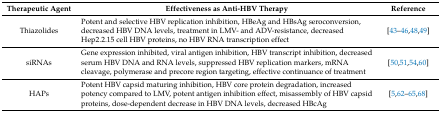
<table><thead><tr><td><b>Therapeutic Agent</b></td><td><b>Effectiveness as Anti-HBV Therapy</b></td><td><b>Reference</b></td></tr></thead><tbody><tr><td>Thiazolides</td><td>Potent and selective HBV replication inhibition, HBeAg and HBsAg seroconversion, decreased HBV DNA levels, treatment in LMV- and ADV-resistance, decreased Hep2.2.15 cell HBV proteins, no HBV RNA transcription effect</td><td>[43,44,45,46,48,49]</td></tr><tr><td>siRNAs</td><td>Gene expression inhibited, viral antigen inhibition, HBV transcript inhibition, decreased serum HBV DNA and RNA levels, suppressed HBV replication markers, mRNA cleavage, polymerase and precore region targeting, effective continuance of treatment</td><td>[50,51,54,60]</td></tr><tr><td>HAPs</td><td>Potent HBV capsid maturing inhibition, HBV core protein degradation, increased potency compared to LMV, potent antigen inhibition effect, misassembly of HBV capsid proteins, dose-dependent decrease in HBV DNA levels, decreased HBcAg</td><td>[5,62,63,64,65,68]</td></tr></tbody></table>